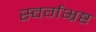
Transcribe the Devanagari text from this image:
स्वर्गभ्रष्ट